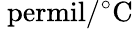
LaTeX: \mathrm{\ permil/{}^{\circ}C}